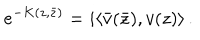
e ^ { - K ( z , \bar { z } ) } = i \langle \bar { v } ( \bar { z } ) , v ( z ) \rangle \, .